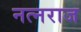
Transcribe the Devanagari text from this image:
नत्नराज